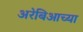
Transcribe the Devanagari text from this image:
अरेबिआच्या